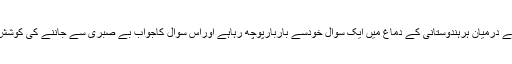
لیکن سب کے درمیان ہرہندوستانی کے دماغ میں ایک سوال خودسے باربارپوچھ رہاہے اوراس سوال کاجواب بے صبری سے جاننے کی کوشش کررہاہے۔